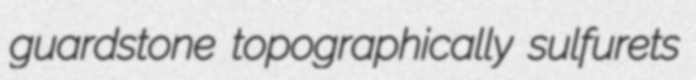
guardstone topographically sulfurets